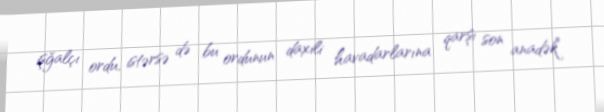
işğalçı ordu, istərsə də bu ordunun daxili havadarlarına qarşı son anadək